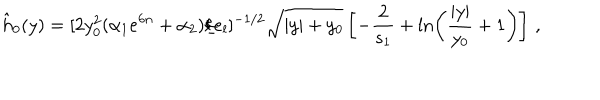
\hat { h } _ { 0 } ( y ) = [ 2 y _ { 0 } ^ { 2 } ( \alpha _ { 1 } e ^ { 6 n } + \alpha _ { 2 } ) / e _ { l } ] ^ { - 1 / 2 } \sqrt { | y | + y _ { 0 } } \left[ - { \frac { 2 } { s _ { 1 } } } + \ln \left( { \frac { | y | } { y _ { 0 } } } + 1 \right) \right] \, ,